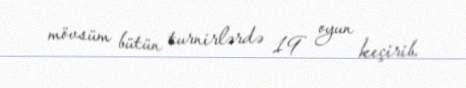
mövsüm bütün turnirlərdə 19 oyun keçirib.